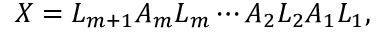
X = L _ { m + 1 } A _ { m } L _ { m } \cdots A _ { 2 } L _ { 2 } A _ { 1 } L _ { 1 } ,